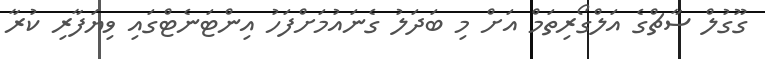
ގޫގުލް ސާޗްގެ އަލްގޯރިތަމް އަށް މި ބަދަލު ގެނައުމަށްފަހު އިންޓަނެޓްގައި ވިޔަފާރި ކުރާ